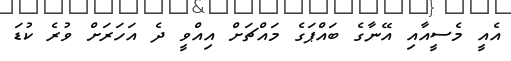
އެއީ މެސީއާއި އޭނާގެ ބައްޕަގެ މައްޗަށް އިއްވީ ދެ އަހަރަށް ވުރެ ކުޑަ